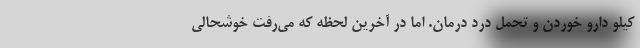
کیلو دارو خوردن و تحمل درد درمان. اما در آخرین لحظه که می‌رفت خوشحالی